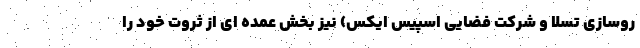
روسازی تسلا و شرکت فضایی اسپیس ایکس) نیز بخش عمده ای از ثروت خود را